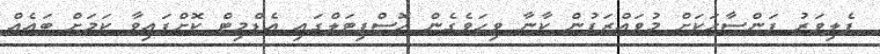
ފެލިވަރު ފަންސާހަކަށް މުވައްޒަފުން ކާނާ ވިހަވެގެން ހޮސްޕިޓަލްގައި އެޑްމިޓް ކޮށްފައިވާ ކަމަށް ބައެއް